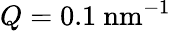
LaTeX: Q=0.1~\mathrm{\mathrm{nm^{-1}}}